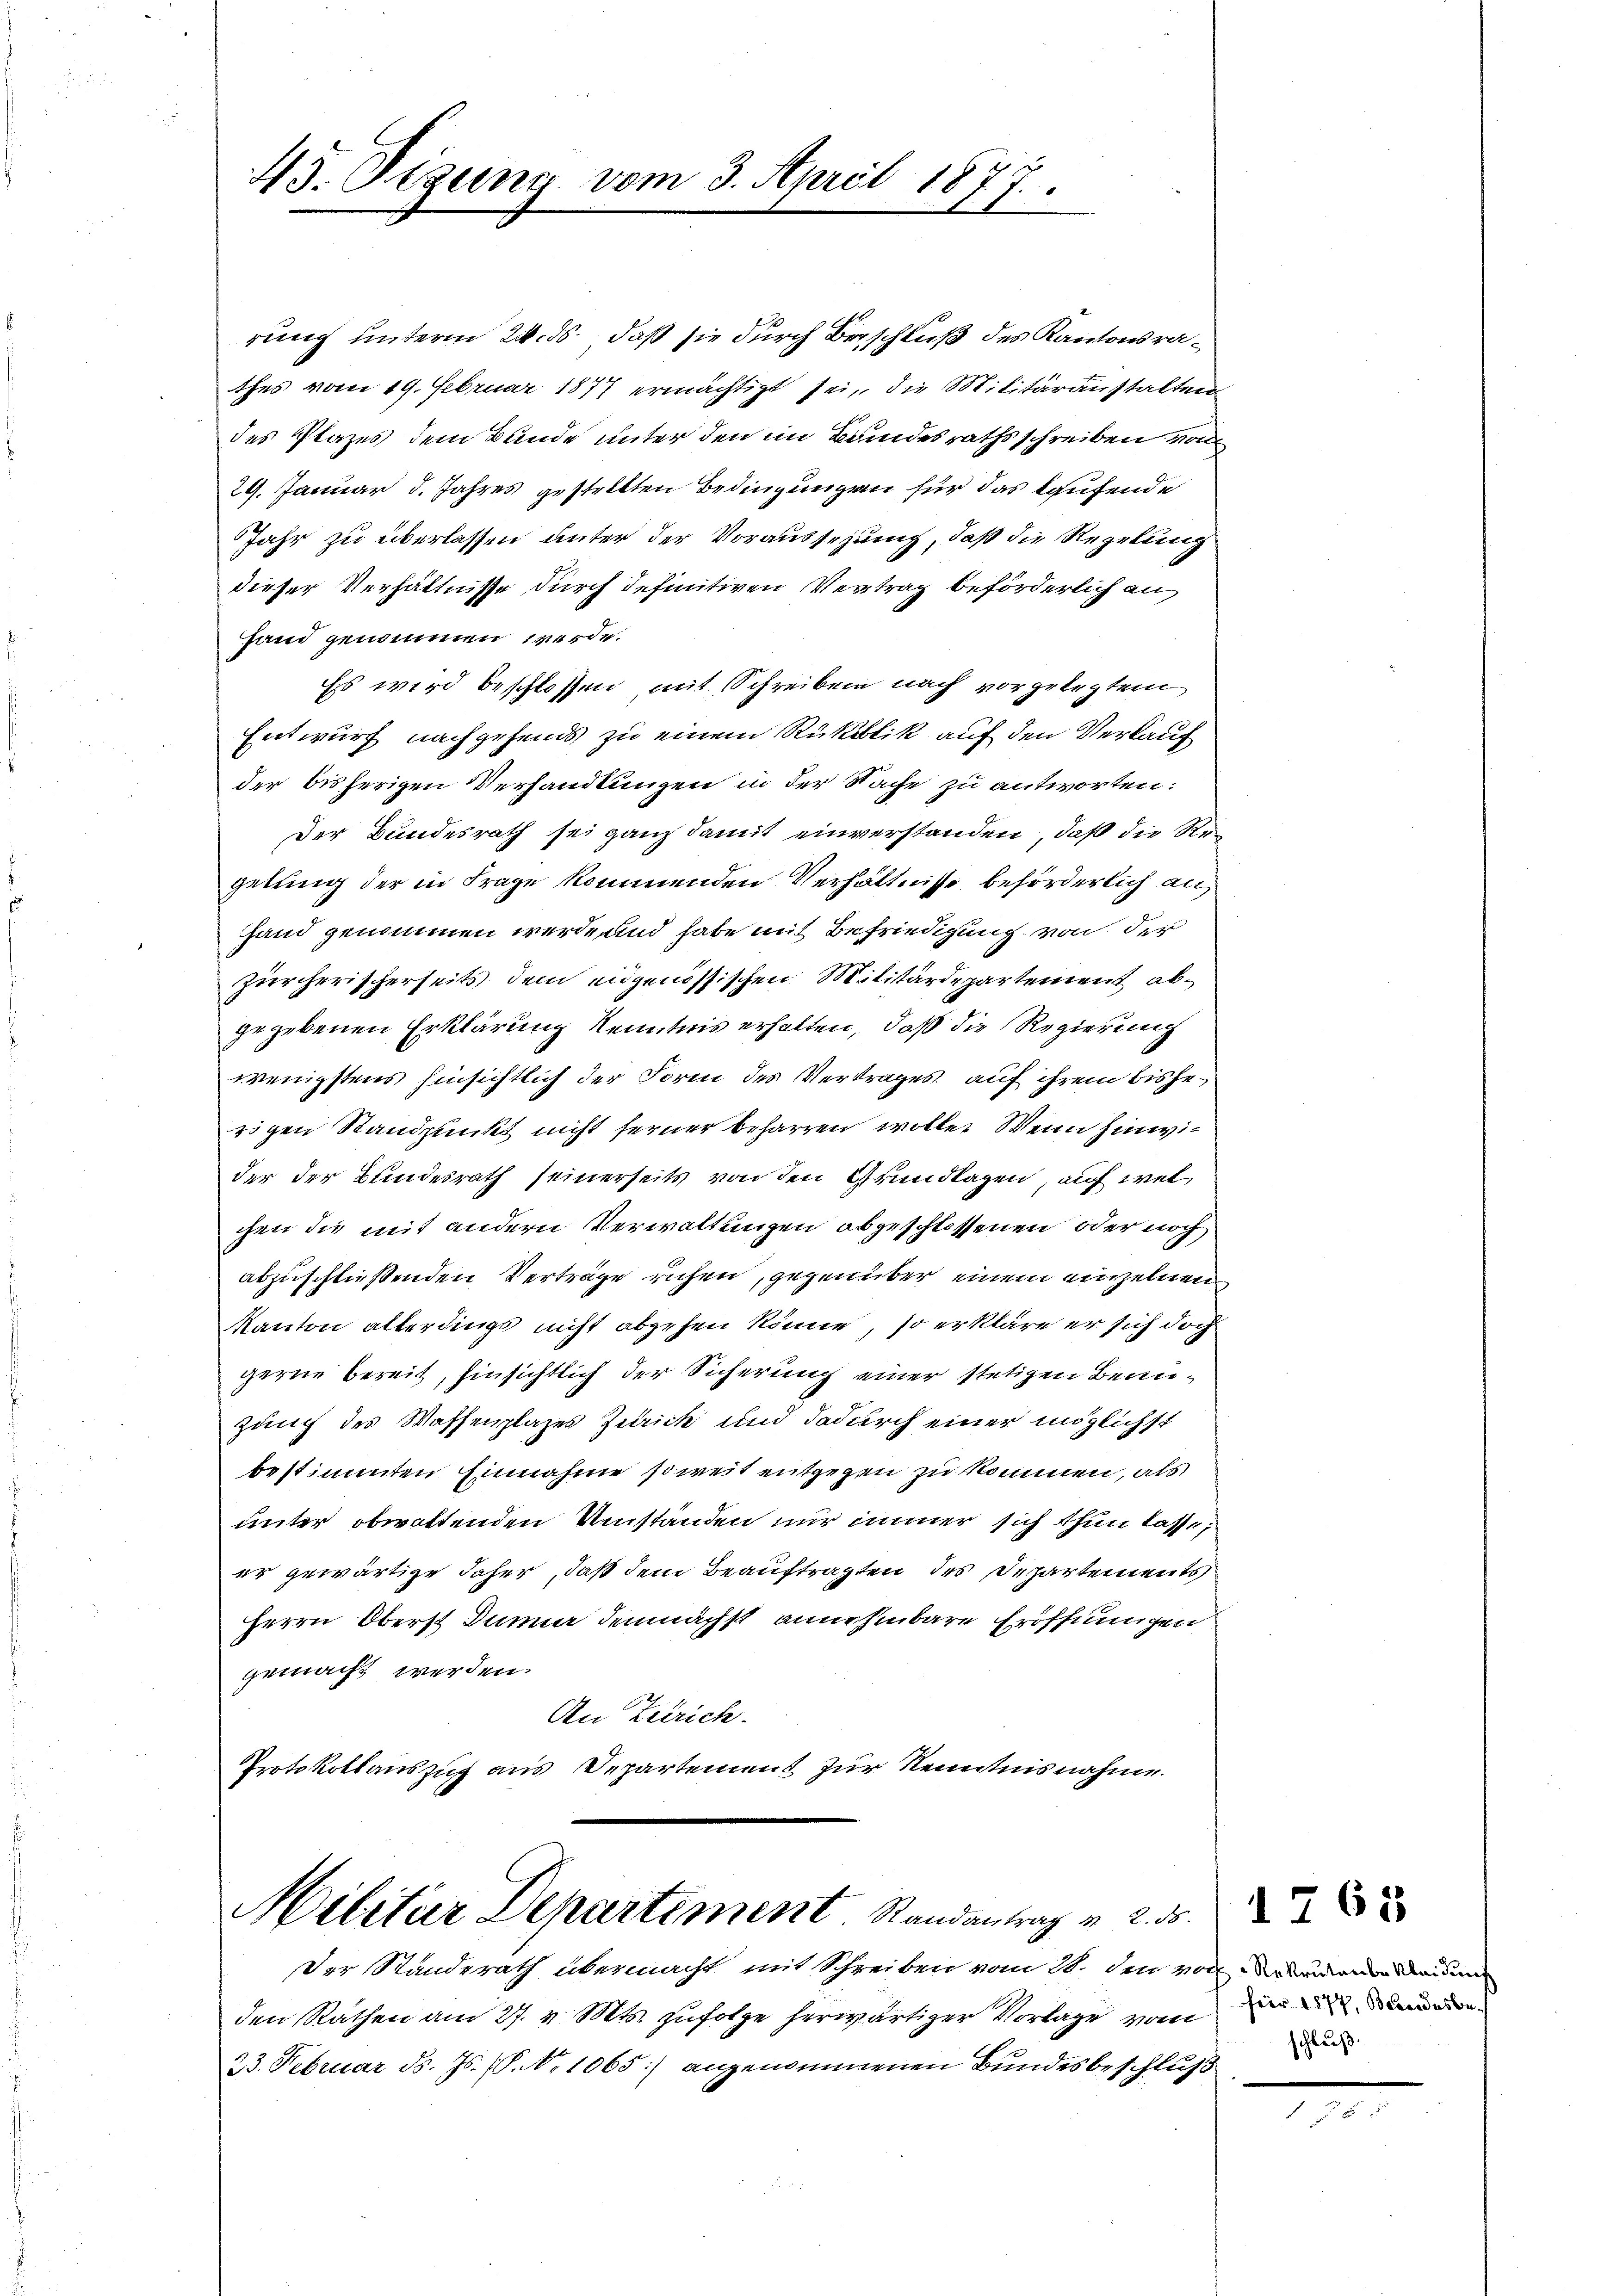
45. Sizung vom 3. April 1877.
u

rung unterm 24. ds., daß sie durch Beschluß des Kantonsrathes vom 19. Februar 1877 ermächtigt sei, die Militäranstalten
des Plazes dem Bunde unter den im Bundesrathsschreiben von
29. Januar d. Jahres gestellten Bedingungen für das laufende
Jahr zu überlassen unter der Voraussezung, daß die Regelung
dieser Verhältnisse durch definitiven Vertrag beförderlich an
Hand genommen werde.
Es wird beschlossen mit Schreiben nach vorgelegtem
Entwurf nachgehends zu einem Rükalik auf den Verkauf
der bisherigen Verhandlungen in der Sache zu antworten:
Der Bundesrath sei ganz damit einverstanden, daß die Regebung der in Frage kommenden Verhältnisse beförderlich an
Hand genommen werde und habe mit Befriedigung von der
Zürcherischerseits dem eidgenössischen Militärdepartement abgegebenen Erklärung Kenntnis erhalten, daß die Regierung
wenigstens hinsichtlich der Form des Vertrages auf ihrem bisherigen Standpunkt nicht ferner beharren wolle. Wenn hinwie
der der Bundesrath seinerseits von den Grundlagen, auf welchen die mit andern Verwaltungen abgeschlossenen oder noch
abzuschließenden Verträge ruhen, gegenüber einem einzelnen
Kanton alterdings nicht abgehen könne, so erkläre er sich doch
gerne bereit, hinsichtlich der Sicherung einer stetigen Benuzung des Wassenplages Zürich und dadurch einer möglichst
bestimmten Einnahme soweit entgegen zu kommen, als
unter obwaltenden Umständen nur immer sich thun lasse;
er gewärtige daher, daß dem Beauftragten des Departements
Herrn Oberst Dumme demnächst annehmbare Eröffnungen
gemacht werden.
An Zürich.
Protokollauszug aus Departement zur Kenntnisnahme.

Militar Departement. Randantrag v. 2.

Der Standerath übermacht mit Schreiben vom 20. den von Urkundenen au
den Räthen am 27. v. Mts. zufolge herwärtiger Vorlage vom
23. Februar d. Js. (T. No 1065) angenommenen Bundesbeschluß

für 1877, Bandesbeschluß: